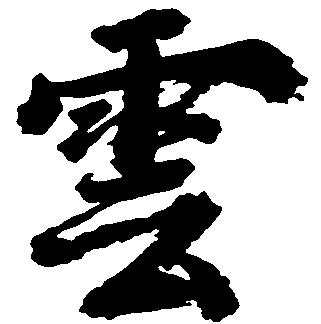
雲